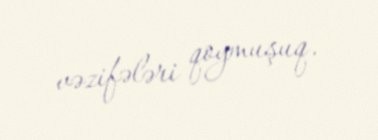
vəzifələri qoymuşuq.